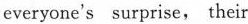
everyone's surprise, their